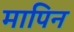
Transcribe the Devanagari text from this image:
मापिन